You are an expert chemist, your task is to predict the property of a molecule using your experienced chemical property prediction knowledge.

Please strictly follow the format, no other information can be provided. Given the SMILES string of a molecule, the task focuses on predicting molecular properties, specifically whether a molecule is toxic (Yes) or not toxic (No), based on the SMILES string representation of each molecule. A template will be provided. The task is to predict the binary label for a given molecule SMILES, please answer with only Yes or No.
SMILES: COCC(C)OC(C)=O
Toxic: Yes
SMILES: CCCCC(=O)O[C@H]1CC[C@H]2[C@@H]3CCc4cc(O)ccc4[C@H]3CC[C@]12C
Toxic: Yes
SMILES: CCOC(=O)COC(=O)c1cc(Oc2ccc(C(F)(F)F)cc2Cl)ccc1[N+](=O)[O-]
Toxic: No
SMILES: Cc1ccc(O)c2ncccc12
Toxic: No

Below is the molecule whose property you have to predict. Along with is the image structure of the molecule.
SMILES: C[C@H]1[C@H](c2ccc(Cl)cc2)SC(=O)N1C(=O)NC1CCCCC1
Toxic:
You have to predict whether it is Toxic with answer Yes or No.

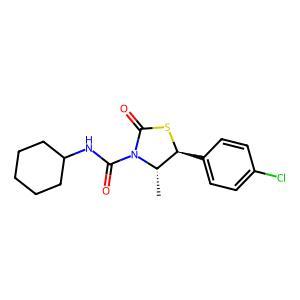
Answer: No